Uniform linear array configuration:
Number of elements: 24
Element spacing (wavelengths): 1
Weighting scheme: cosine
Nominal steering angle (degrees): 30
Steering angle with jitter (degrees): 31.409
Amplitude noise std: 0.05
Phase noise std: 0.05

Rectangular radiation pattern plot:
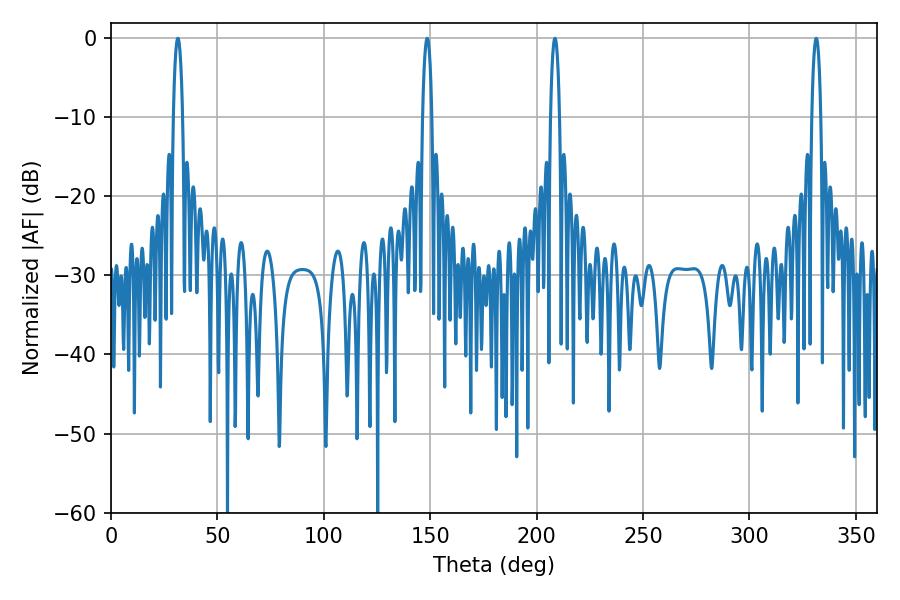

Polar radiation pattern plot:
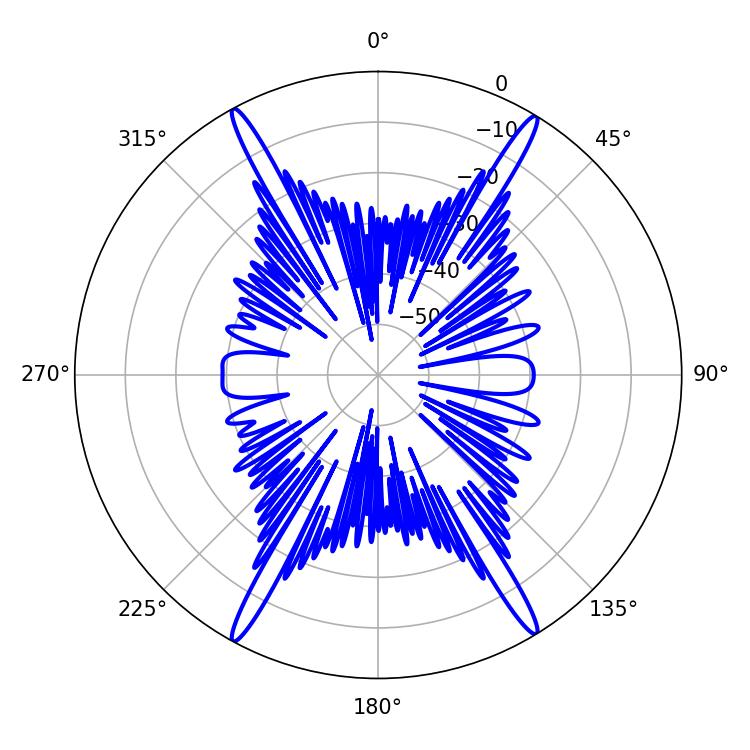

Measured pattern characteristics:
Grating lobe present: TRUE
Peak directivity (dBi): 25.549
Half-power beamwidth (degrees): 2.34
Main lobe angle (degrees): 208.62